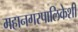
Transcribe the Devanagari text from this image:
महानगरपालिकेशी